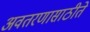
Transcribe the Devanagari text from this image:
अवतरणासाठीते